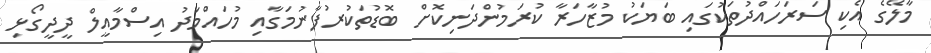
މާލޭގެ އެކި ސަރަހައްދުތަކުގައި ބަޔަކު މުޒާހަރާ ކުރަމުންދަނިކޮށް ބޮޑުތަކުރުފާނުމަގާއި މުހައްމަދު އިސްމާއީލް ދީދީގޯޅި